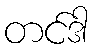
တင်ဒါ